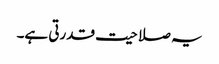
یہ صلاحیت قدرتی ہے۔